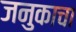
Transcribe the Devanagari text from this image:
जनुकाचा